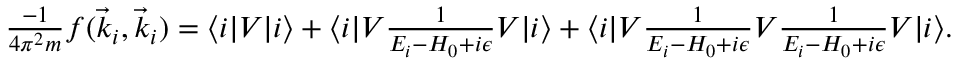
\begin{array} { r } { \frac { - 1 } { 4 \pi ^ { 2 } m } f ( \vec { k } _ { i } , \vec { k } _ { i } ) = \langle i \lvert V \lvert i \rangle + \langle i \lvert V \frac { 1 } { E _ { i } - H _ { 0 } + i \epsilon } V \lvert i \rangle + \langle i \lvert V \frac { 1 } { E _ { i } - H _ { 0 } + i \epsilon } V \frac { 1 } { E _ { i } - H _ { 0 } + i \epsilon } V \lvert i \rangle . } \end{array}